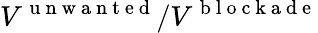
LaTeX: V^{\mathrm{~u~n~w~a~n~t~e~d~}}/V^{\mathrm{~b~l~o~c~k~a~d~e~}}